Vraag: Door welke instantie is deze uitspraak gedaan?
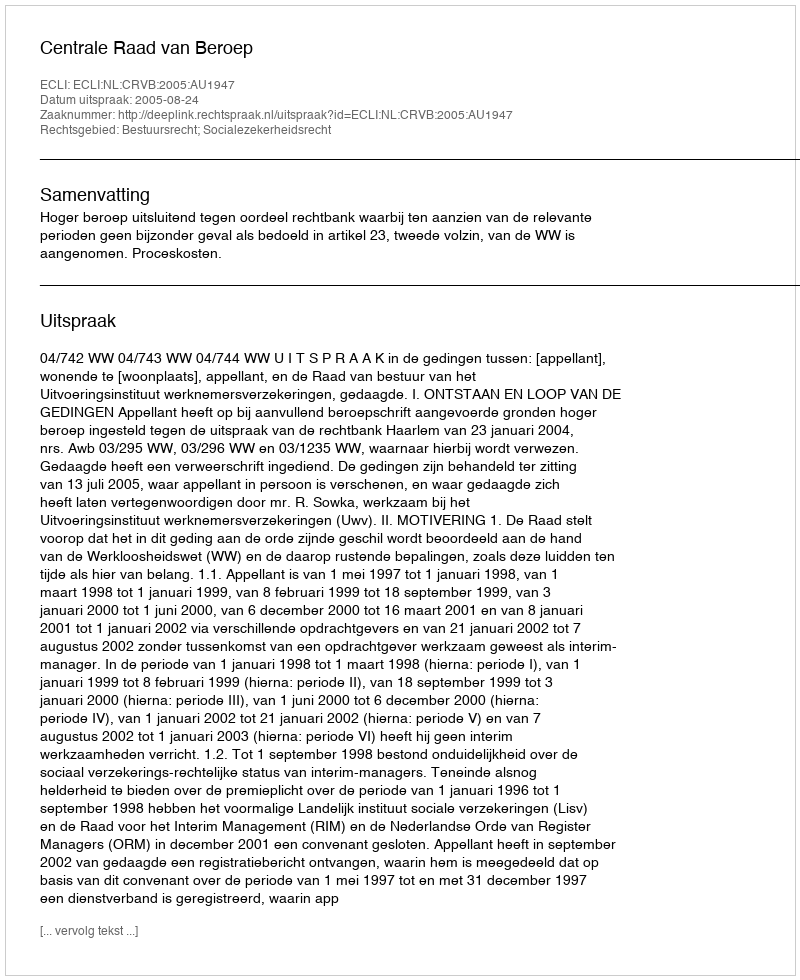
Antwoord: Centrale Raad van Beroep